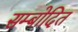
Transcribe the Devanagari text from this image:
सम्बोदित